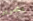
بتمرير